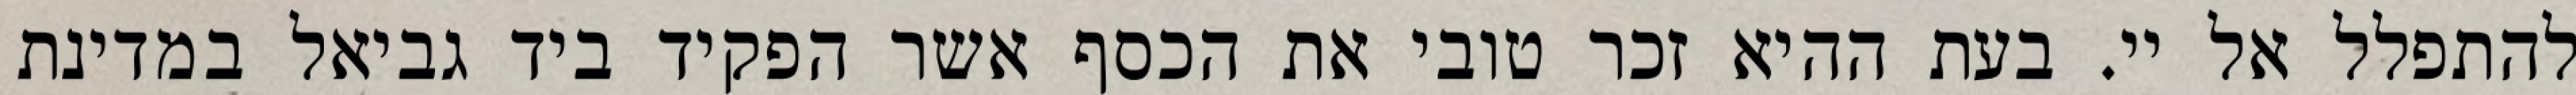
להתפלל אל יי. בעת ההיא זכר טובי את הכסף אשר הפקיד ביד גביאל במדינת